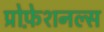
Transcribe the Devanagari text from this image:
प्रोफ़ेशनल्स